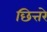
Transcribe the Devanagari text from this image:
छित्तरे